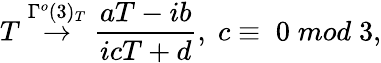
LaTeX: T\stackrel{\Gamma^{o}(3)_{T}}{\rightarrow}\frac{aT-ib}{icT+d},\; c\equiv\; 0\; mod\; 3,